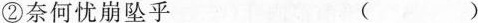
②奈何忧崩坠乎 ()